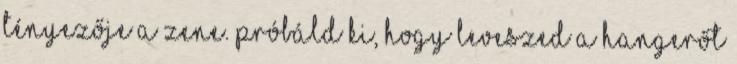
tényezője a zene. Próbáld ki, hogy leveszed a hangerőt